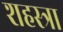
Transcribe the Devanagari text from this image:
शहस्त्रा